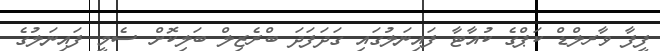
ފީފާ ވާރލްޑް ކަޕްގެ ކުއާޓާ ފައިނަލުގައި ގަދަފަދަ ބްރެޒިލް ބަލިކޮށް ސެމީ ފައިނަލުގެ